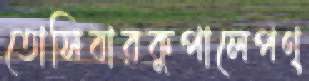
তোসিবারকুপালেপণ্